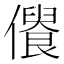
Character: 𠏾